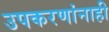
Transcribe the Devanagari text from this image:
उपकरणांनाही